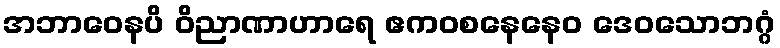
အဘာဝေနပိ ဝိညာဏာဟာရေ ဧကဝစနေနေဝ ဒေဝသောဘဂ္ဂံ